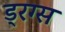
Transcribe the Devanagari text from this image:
ड्रग्‍स